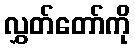
လွှတ်တော်ကို